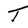
Character: T